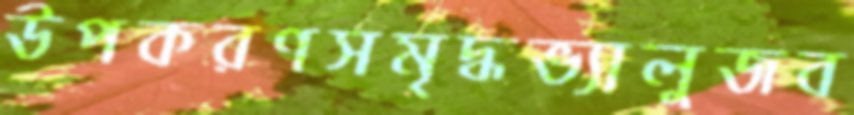
উপকরণসমৃদ্ধভ্যালুজব